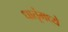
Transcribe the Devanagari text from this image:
धातूंमध्ये